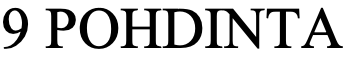
9 POHDINTA